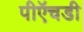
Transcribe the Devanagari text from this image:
पीऍचडी